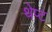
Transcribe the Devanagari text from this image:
थेप्ट